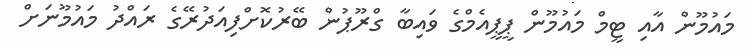
މައުމޫން އާއި ޓީމް މައުމޫން ޕީޕީއެމްގެ ވައިބާ ގްރޫޕުން ބޭރުކޮށްފިއަދުރޭގެ ރައްދު މައުމޫނަށް